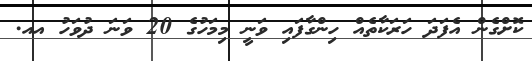
ކޮށްގެން އެފަދަ ހަރަކާތެއް ހިންގާފައި ވަނީ މިމަހުގެ 20 ވަނަ ދުވަހު އއ.